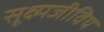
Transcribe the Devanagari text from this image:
सूक्ष्मजीविय